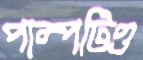
পাম্পটিও